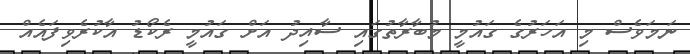
ނަމަވެސް މި އަހަރުގެ ގައުމީ މުބާރާތުގައި ސާއިދު އަށް ގައުމީ ރެކޯޑު އާކުރެވިފައެއް